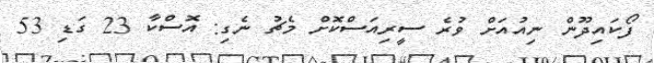
ފޯކައިދޫން ނިއުއަށް ވުރެ ސީރިއަސްކޮށް މެޗު ނެގި: އޮސްކާ 23 ގަޑި 53